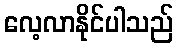
လေ့လာနိုင်ပါသည်